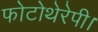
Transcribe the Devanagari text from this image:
फोटोथेरेपी।